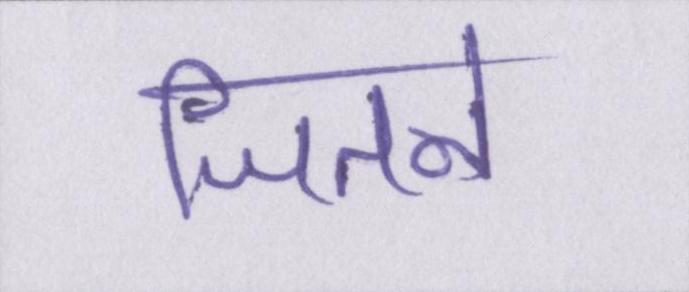
जितने